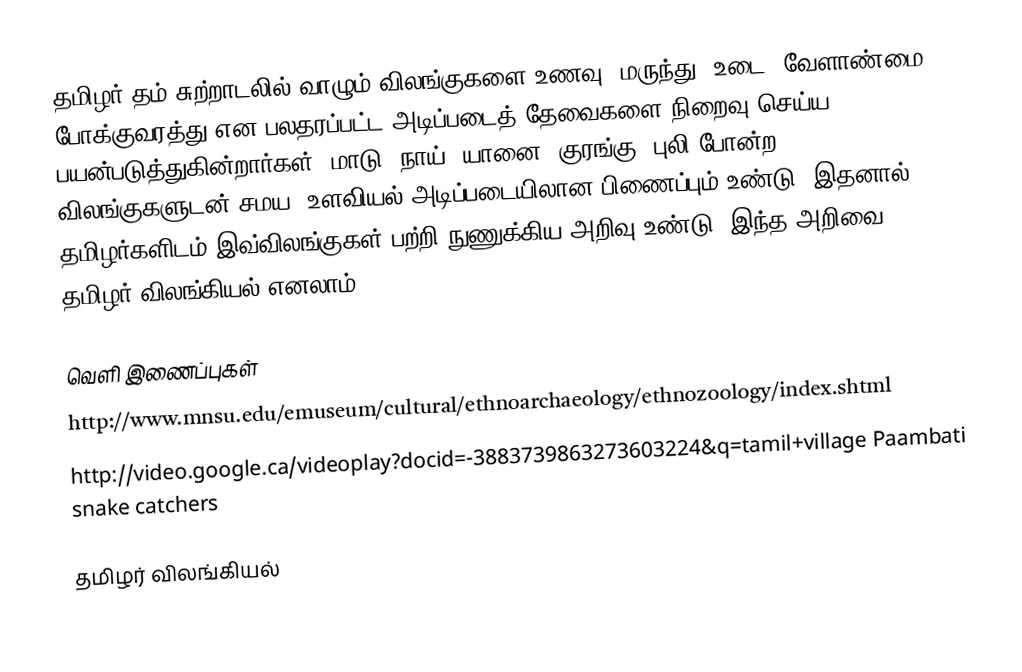
தமிழர் தம் சுற்றாடலில் வாழும் விலங்குகளை உணவு, மருந்து, உடை, வேளாண்மை, போக்குவரத்து என பலதரப்பட்ட அடிப்படைத் தேவைகளை நிறைவு செய்ய பயன்படுத்துகின்றார்கள். மாடு, நாய், யானை, குரங்கு, புலி போன்ற விலங்குகளுடன் சமய, உளவியல் அடிப்படையிலான பிணைப்பும் உண்டு. இதனால் தமிழர்களிடம் இவ்விலங்குகள் பற்றி நுணுக்கிய அறிவு உண்டு.  இந்த அறிவை தமிழர் விலங்கியல் எனலாம்.

வெளி இணைப்புகள்
 http://www.mnsu.edu/emuseum/cultural/ethnoarchaeology/ethnozoology/index.shtml
 http://video.google.ca/videoplay?docid=-3883739863273603224&q=tamil+village  Paambati snake catchers

தமிழர் விலங்கியல்